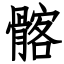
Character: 髂